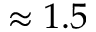
\approx 1 . 5